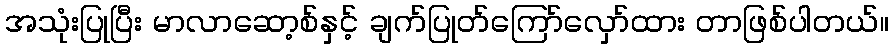
အသုံးပြုပြီး မာလာဆော့စ်နှင့် ချက်ပြုတ်ကြော်လှော်ထား တာဖြစ်ပါတယ်။